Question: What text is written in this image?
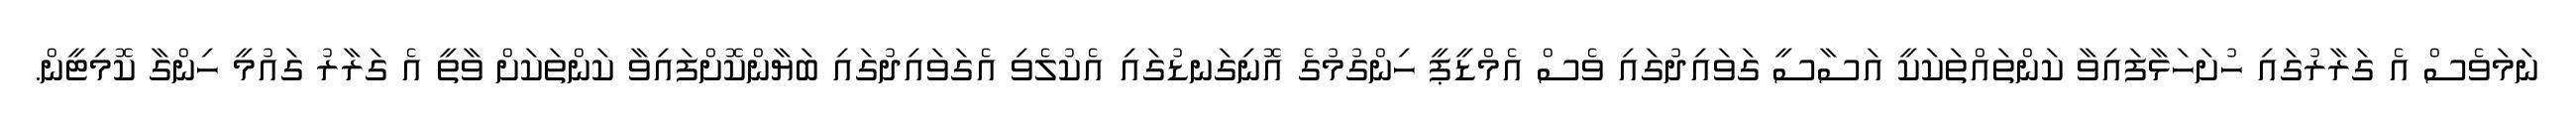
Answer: ނަމަވެސް އެ ގަރާރުގައި ހުށަހަޅާފައިވާ ކަންތައްތަކަކީ އަސާސީ ގަވައިދުގައި ވެސް އެމްޑީޕީ ހިންގުމުގެ އޮނިގަނޑުގައި އެކުލެވި އެގަވައިދުގައި ބަޔާންކޮށްފައިވާ ކަންތަކަށް ވާތީ އެ ގަރާރު ގައުމީ ހިންގާ ކޮމިޓީން.